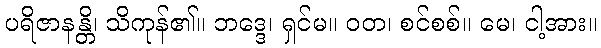
ပရိဇာနန္တိ၊ သိကုန်၏။ ဘဒ္ဒေ၊ ရှင်မ။ ဝတ၊ စင်စစ်။ မေ၊ ငါ့အား။